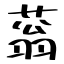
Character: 蓊